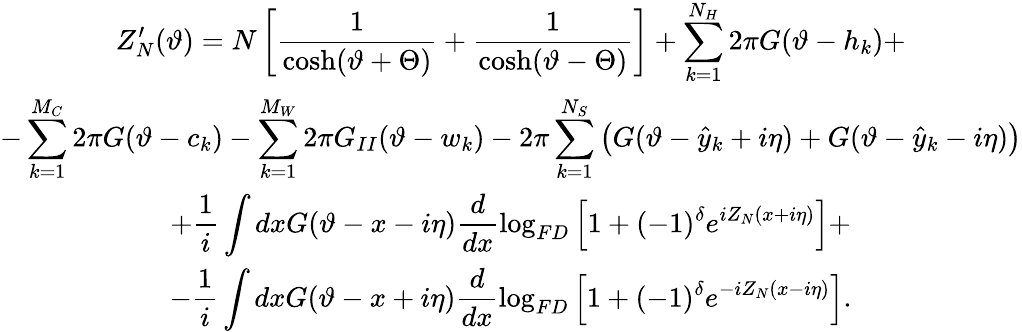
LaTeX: \begin{array}{c}{{\displaystyle Z_{N}^{\prime}(\vartheta)=N\left[\displaystyle\frac{1}{\cosh(\vartheta+\Theta)}+\displaystyle\frac{1}{\cosh(\vartheta-\Theta)}\right]+\displaystyle\sum_{k=1}^{N_{H}}2\pi G(\vartheta-h_{k})+}}\\ {{-\displaystyle\sum_{k=1}^{M_{C}}2\pi G(\vartheta-c_{k})-\displaystyle\sum_{k=1}^{M_{W}}2\pi G_{II}(\vartheta-w_{k})-2\pi\displaystyle\sum_{k=1}^{N_{S}}\left(G(\vartheta-\hat{y}_{k}+i\eta)+G(\vartheta-\hat{y}_{k}-i\eta)\right)}}\\ {{+\displaystyle\frac{1}{i}\displaystyle\int dxG(\vartheta-x-i\eta)\displaystyle\frac{d}{dx}\log_{FD}\left[1+(-1)^{\delta}e^{iZ_{N}(x+i\eta)}\right]+}}\\ {{-\displaystyle\frac{1}{i}\displaystyle\int dxG(\vartheta-x+i\eta)\displaystyle\frac{d}{dx}\log_{FD}\left[1+(-1)^{\delta}e^{-iZ_{N}(x-i\eta)}\right].}}\end{array}